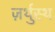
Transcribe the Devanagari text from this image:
ज़र्थुस्थ